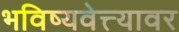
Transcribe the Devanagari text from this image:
भविष्यवेत्त्यावर